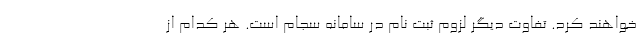
خواهند کرد. تفاوت دیگر لزوم ثبت نام در سامانه سجام است. هر کدام از